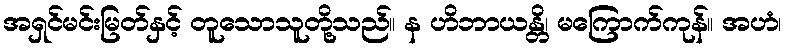
အရှင်မင်းမြတ်နှင့် တူသောသူတို့သည်။ န ဟိဘာယန္တိ၊ မကြောက်ကုန်။ အဟံ၊